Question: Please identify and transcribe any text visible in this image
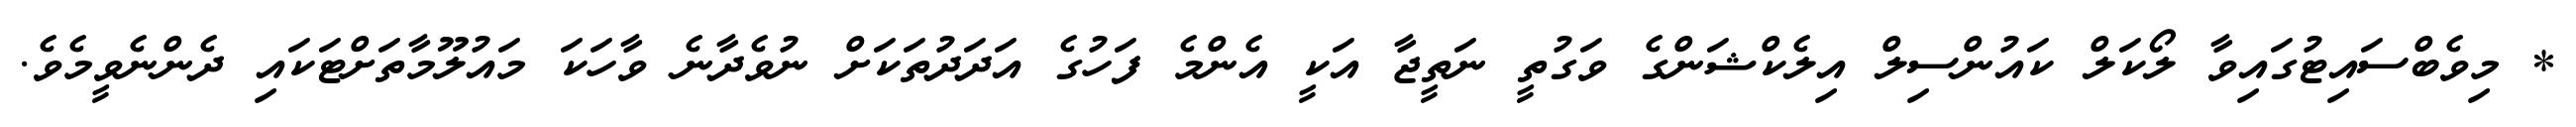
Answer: * މިވެބްސައިޓުގައިވާ ލޯކަލް ކައުންސިލް އިލެކްޝަންގެ ވަގުތީ ނަތީޖާ އަކީ އެންމެ ފަހުގެ އަދަދުތަކަށް ނުވެދާނެ ވާހަކަ މައުލޫމާތަށްޓަކައި ދެންނެވީމެވެ.